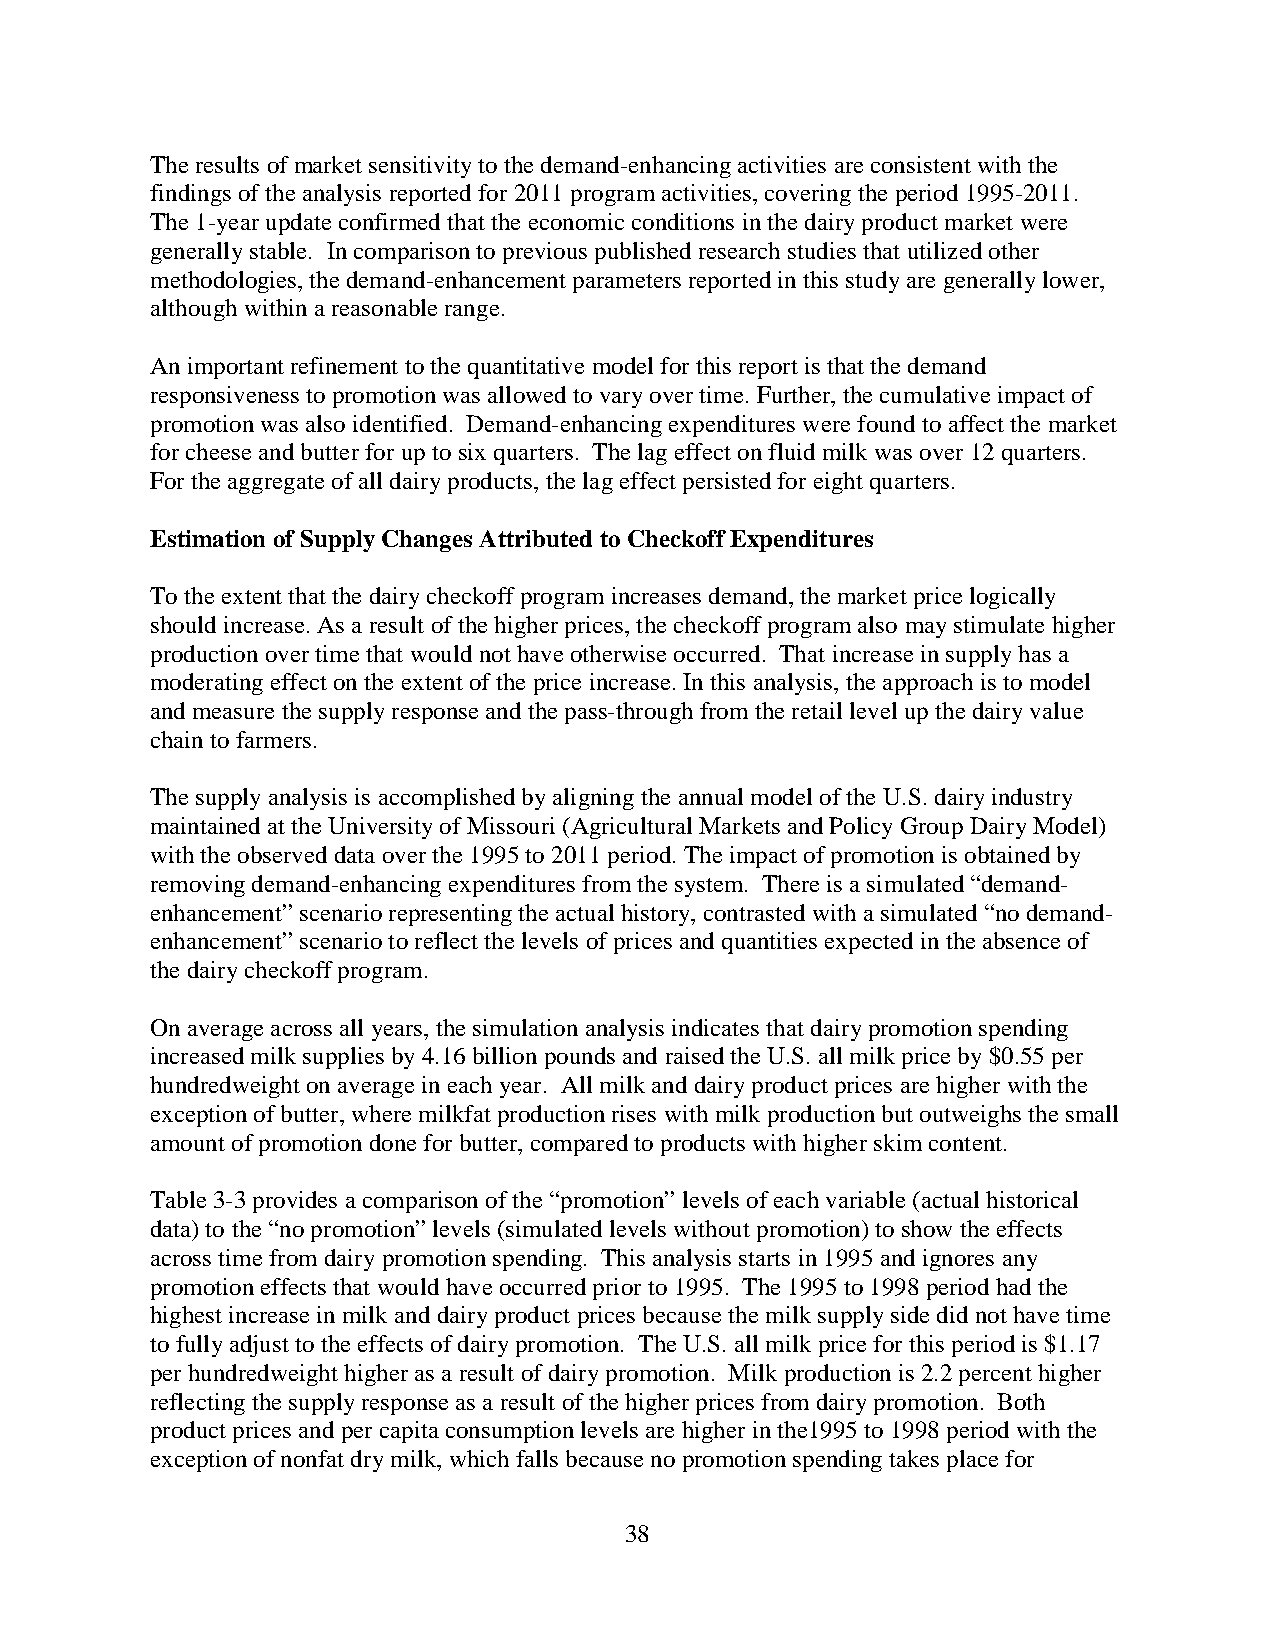
The results of market sensitivity to the demand-enhancing activities are consistent with the
 findings of the analysis reported for 2011 program activities, covering the period 1995-2011.
 The 1-year update confirmed that the economic conditions in the dairy product market were
 generally stable. In comparison to previous published research studies that utilized other
 methodologies, the demand-enhancement parameters reported in this study are generally lower,
 although within a reasonable range.
 An important refinement to the quantitative model for this report is that the demand
 responsiveness to promotion was allowed to vary over time. Further, the cumulative impact of
 promotion was also identified. Demand-enhancing expenditures were found to affect the market
 for cheese and butter for up to six quarters. The lag effect on fluid milk was over 12 quarters.
 For the aggregate of all dairy products, the lag effect persisted for eight quarters.
 Estimation of Supply Changes Attributed to Checkoff Expenditures
 To the extent that the dairy checkoff program increases demand, the market price logically
 should increase. As a result of the higher prices, the checkoff program also may stimulate higher
 production over time that would not have otherwise occurred. That increase in supply has a
 moderating effect on the extent of the price increase. In this analysis, the approach is to model
 and measure the supply response and the pass-through from the retail level up the dairy value
 chain to farmers.
 The supply analysis is accomplished by aligning the annual model of the U.S. dairy industry
 maintained at the University of Missouri (Agricultural Markets and Policy Group Dairy Model)
 with the observed data over the 1995 to 2011 period. The impact of promotion is obtained by
 removing demand-enhancing expenditures from the system. There is a simulated “demand-
 enhancement” scenario representing the actual history, contrasted with a simulated “no demand-
 enhancement” scenario to reflect the levels of prices and quantities expected in the absence of
 the dairy checkoff program.
 On average across all years, the simulation analysis indicates that dairy promotion spending
 increased milk supplies by 4.16 billion pounds and raised the U.S. all milk price by $0.55 per
 hundredweight on average in each year. All milk and dairy product prices are higher with the
 exception of butter, where milkfat production rises with milk production but outweighs the small
 amount of promotion done for butter, compared to products with higher skim content.
 Table 3-3 provides a comparison of the “promotion” levels of each variable (actual historical
 data) to the “no promotion” levels (simulated levels without promotion) to show the effects
 across time from dairy promotion spending. This analysis starts in 1995 and ignores any
 promotion effects that would have occurred prior to 1995. The 1995 to 1998 period had the
 highest increase in milk and dairy product prices because the milk supply side did not have time
 to fully adjust to the effects of dairy promotion. The U.S. all milk price for this period is $1.17
 per hundredweight higher as a result of dairy promotion. Milk production is 2.2 percent higher
 reflecting the supply response as a result of the higher prices from dairy promotion. Both
 product prices and per capita consumption levels are higher in the1995 to 1998 period with the
 exception of nonfat dry milk, which falls because no promotion spending takes place for
 38